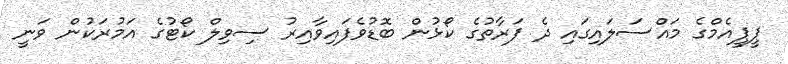
ޕީޕީއެމްގެ މައްސަލައިގައި ދެ ފަރާތުގެ ކޯޅުން ބޮޑުވެފައިވާއިރު ސިވިލް ކޯޓުގެ އަމުރަކުން ވަނީ